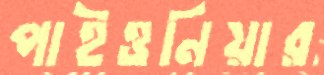
পাইওনিয়ার